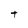
Character: t